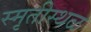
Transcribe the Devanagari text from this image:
स्मृतीस्थळ